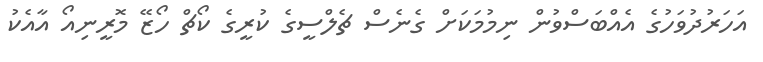
އަހަރުދުވަހުގެ އެއްބަސްވުން ނިމުމަކަށް ގެނެސް ޗެލްސީގެ ކުރީގެ ކޯޗް ހޯޒޭ މޮރީނިއޯ އާއެކު